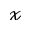
\mathcal { x }